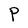
Character: P